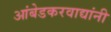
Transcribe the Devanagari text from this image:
आंबेडकरवाद्यांनी